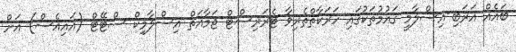
ބައެއް އަރަބި-އިސްލާމީ ގައުމުތަކުގައި ހަރަކާތްތެރިވާ ޓެރަރިސްޓް ޖަމާއަތް އިސްލާމިކް ސްޓޭޓް (އައިއެސް) އަށް